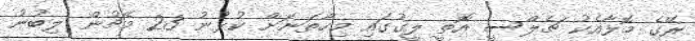
ރޭގެ މޮޅާއެކު ޗެލްސީ އޮތީ ލީގުގައި މިހާތަނަށް ކުޅުނު 23 މެޗުން ލިބުނު